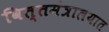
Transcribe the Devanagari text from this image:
वित्तमंत्रालयात